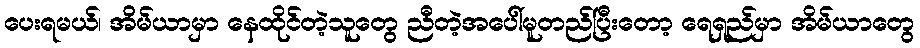
ပေးရမယ်၊ အိမ်ယာမှာ နေထိုင်တဲ့သူတွေ ညီတဲ့အပေါ်မူတည်ပြီးတော့ ရေရှည်မှာ အိမ်ယာတွေ